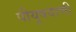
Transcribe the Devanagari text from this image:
पीयूषवाणी